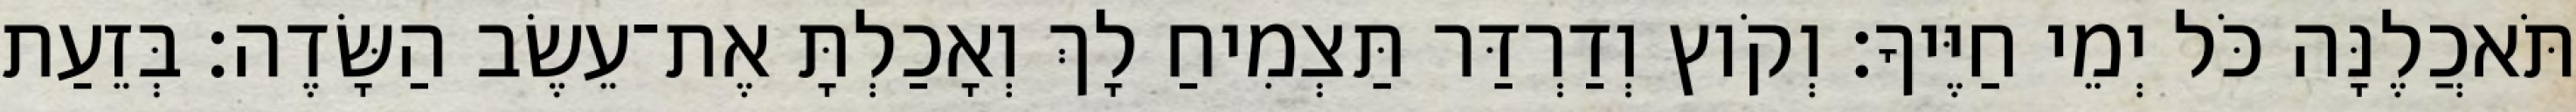
תֹּאכֲלֶנָּה כֹּל יְמֵי חַיֶּיךָ׃ וְקֹוץ וְדַרְדַּר תַּצְמִיחַ לָךְ וְאָכַלְתָּ אֶת־עֵשֶׂב הַשָּׂדֶה׃ בְּזֵעַת